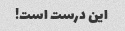
این درست است!